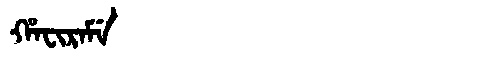
Manchu: ᡥᠠᠸᡳᡵᠠᠮᡝ
Romanization: HAFIRAME